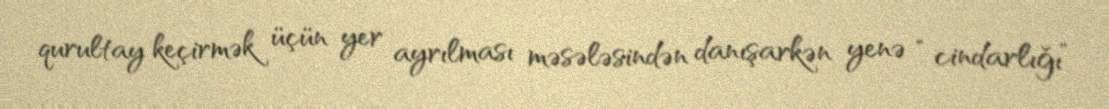
qurultay keçirmək üçün yer ayrılması məsələsindən danışarkən yenə “cindarlığı”